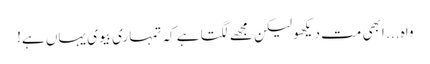
واہ ... ابھی مت دیکھو لیکن مجھے لگتا ہے کہ تمہاری بیوی یہاں ہے!